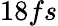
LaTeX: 18fs